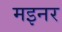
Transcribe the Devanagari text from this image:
मइनर